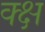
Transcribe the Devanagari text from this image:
क्क्ष